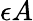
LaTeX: \epsilon A